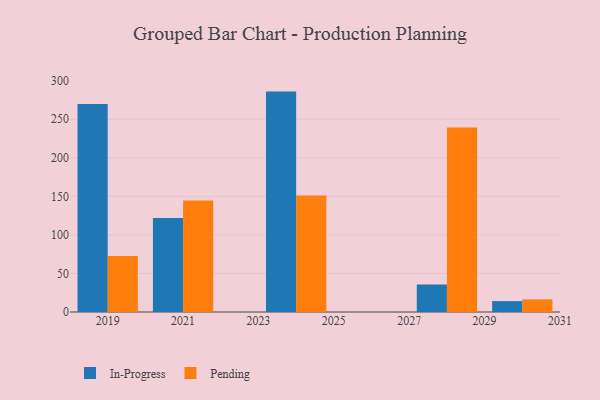
{"axis": {"x": "Year", "y": "Revenue (USD Million)"}, "legend": ["In-Progress", "Pending"], "data": [{"x": "2028", "y": 35.7, "type": "In-Progress"}, {"x": "2028", "y": 239.2, "type": "Pending"}, {"x": "2024", "y": 285.8, "type": "In-Progress"}, {"x": "2024", "y": 151.2, "type": "Pending"}, {"x": "2021", "y": 121.9, "type": "In-Progress"}, {"x": "2021", "y": 144.6, "type": "Pending"}, {"x": "2030", "y": 14.1, "type": "In-Progress"}, {"x": "2030", "y": 16.4, "type": "Pending"}, {"x": "2019", "y": 269.6, "type": "In-Progress"}, {"x": "2019", "y": 72.5, "type": "Pending"}]}